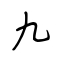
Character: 九